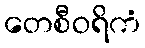
တေစီဝရိကံ